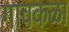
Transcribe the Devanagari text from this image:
गावकळा